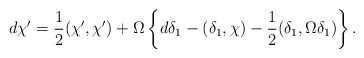
\begin{align*}d\chi^\prime={1\over 2}(\chi^\prime,\chi^\prime)+\Omega\left\{d\delta_1-(\delta_1,\chi)-{1\over 2}(\delta_1,\Omega\delta_1)\right\}.\end{align*}